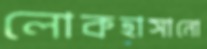
লোকহাসানো